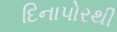
દિનાપોરથી